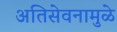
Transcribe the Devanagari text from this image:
अतिसेवनामुळे